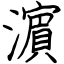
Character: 濵